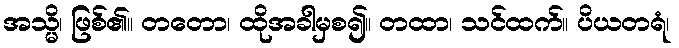
အသ္မိ၊ ဖြစ်၏။ တတော၊ ထိုအခါမှစ၍။ တထာ၊ သင်ထက်။ ပိယတရံ၊